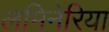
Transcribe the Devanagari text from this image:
लमिनेरिया